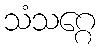
သံသဂ္ဂေ